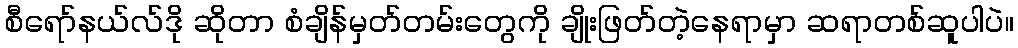
စီရော်နယ်လ်ဒို ဆိုတာ စံချိန်မှတ်တမ်းတွေကို ချိုးဖြတ်တဲ့နေရာမှာ ဆရာတစ်ဆူပါပဲ။